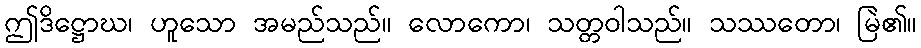
ဤဒိဋ္ဌောဃ၊ ဟူသော အမည်သည်။ လောကော၊ သတ္တဝါသည်။ သဿတော၊ မြဲ၏။